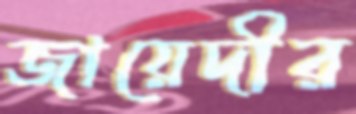
জায়েদীর